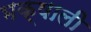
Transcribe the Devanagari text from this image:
भक्षाली